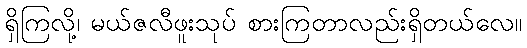
ရှိကြလို့၊ မယ်ဇလီဖူးသုပ် စားကြတာလည်းရှိတယ်လေ။